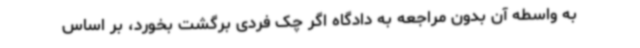
به واسطه آن بدون مراجعه به دادگاه اگر چک فردی برگشت بخورد، بر اساس